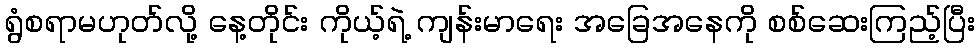
ရွံစရာမဟုတ်လို့ နေ့တိုင်း ကိုယ့်ရဲ့ ကျန်းမာရေး အခြေအနေကို စစ်ဆေးကြည့်ပြီး